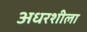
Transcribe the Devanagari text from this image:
अधरशीला